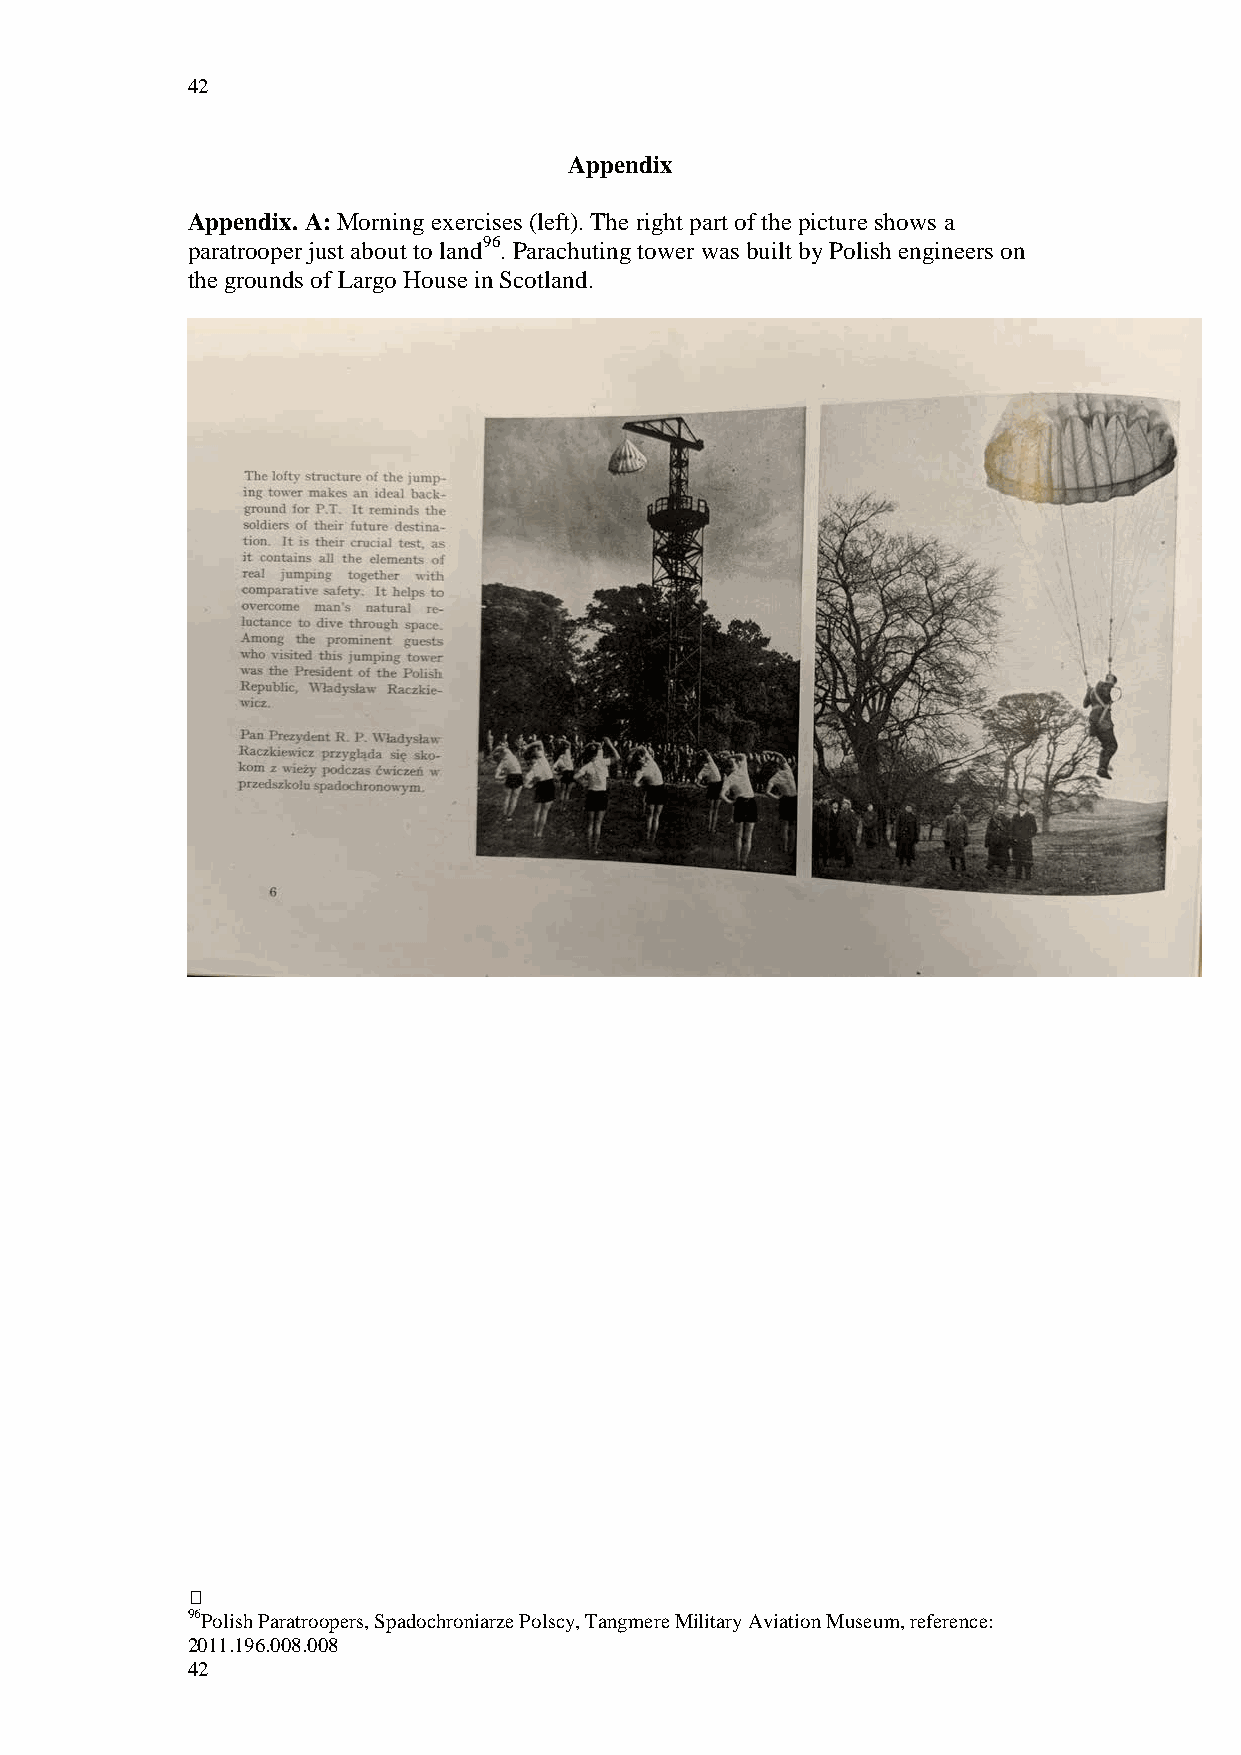
42
 Appendix
 Appendix. A: Morning exercises (left). The right part of the picture shows a
 paratrooper just about to land96. Parachuting tower was built by Polish engineers on
 the grounds of Largo House in Scotland.
 
 96Polish Paratroopers, Spadochroniarze Polscy, Tangmere Military Aviation Museum, reference:
 2011.196.008.008
 42